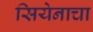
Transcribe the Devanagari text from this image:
सियेनाचा